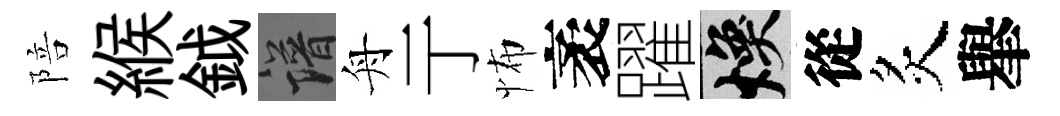
陪緱鉞譜舟亍怖袤躍焕從炙𦦙